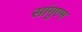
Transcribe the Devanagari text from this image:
सांगुएम